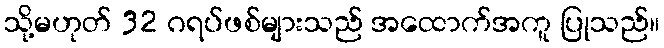
သို့မဟုတ် 32 ဂရပ်ဖစ်များသည် အထောက်အကူ ပြုသည်။